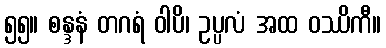
၅၅။ စန္ဒနံ တဂရံ ဝါပိ၊ ဥပ္ပလံ အထ ဝဿိကီ။